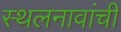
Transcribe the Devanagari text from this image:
स्थलनावांची